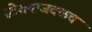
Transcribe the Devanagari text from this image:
स्टेशनाजवळच